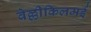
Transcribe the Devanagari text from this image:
वेल्लीकिलमई